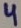
Text: 4